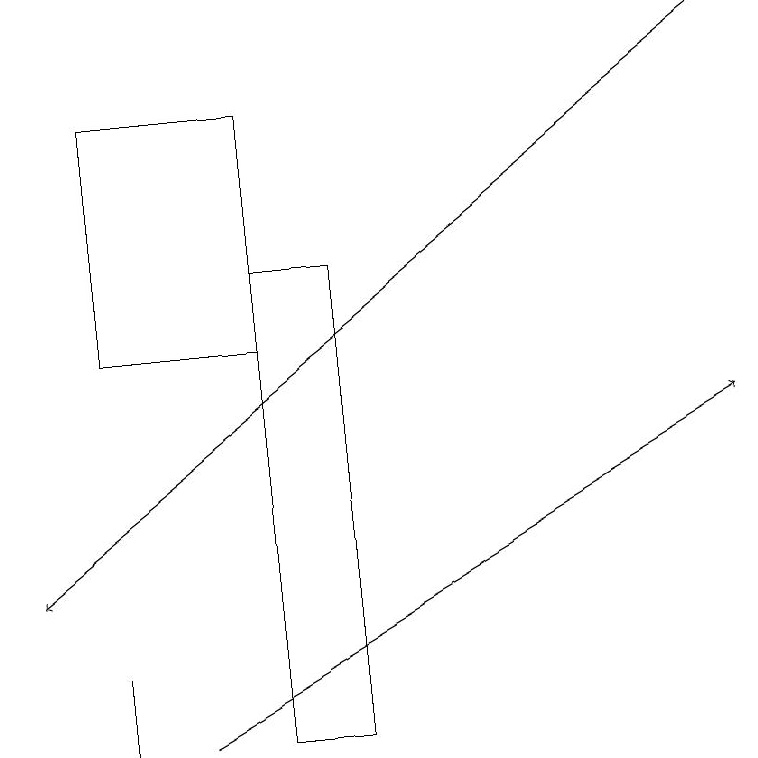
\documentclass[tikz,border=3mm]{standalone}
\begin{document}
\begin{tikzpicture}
\draw[->] (9,19) -- (0,12);
\draw (4,16) rectangle (3,10);
\draw (1,11) rectangle (1,10);
\draw[->] (2,10) -- (9,14);
\draw (1,11) rectangle (1,10);
\draw (1,15) rectangle (3,18);
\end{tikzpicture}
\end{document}